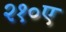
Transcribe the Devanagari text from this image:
२१०ए